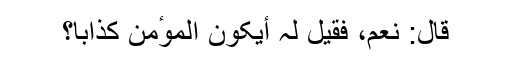
قال: نعم، فقیل لہ أیکون الموٴمن کذّابا؟